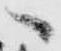
へ